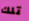
تلك